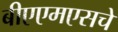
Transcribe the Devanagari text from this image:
बीएएमएसचे